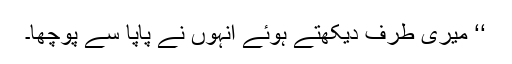
‘‘ میری طرف دیکھتے ہوئے انہوں نے پاپا سے پوچھا۔